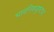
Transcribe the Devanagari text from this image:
भावनिकडृष्ट्या